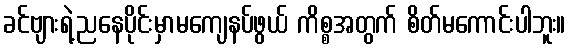
ခင်ဗျားရဲ့ညနေပိုင်းမှာမကျေနပ်ဖွယ် ကိစ္စအတွက် စိတ်မကောင်းပါဘူး။